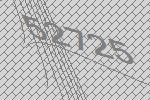
52725